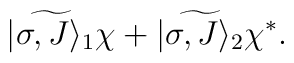
\widetilde{|\sigma,J \rangle_1}\chi +		\widetilde{|\sigma,J \rangle_2}\chi^*.